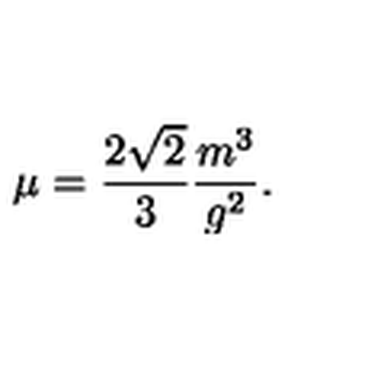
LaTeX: \mu = \frac { 2 \sqrt { 2 } } { 3 } \frac { m ^ { 3 } } { g ^ { 2 } } .